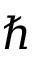
\hbar